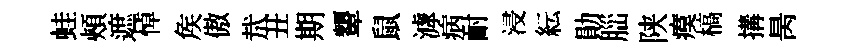
蛙頰遮悼矦傲㢤丑期顰鼠滹病耐浸紜勛𦛁陕瘼槁搆昺